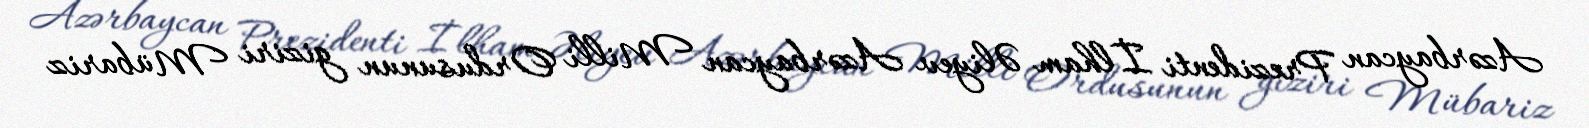
Azərbaycan Prezidenti İlham Əliyev Azərbaycan Milli Ordusunun giziri Mübariz